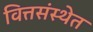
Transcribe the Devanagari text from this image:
वित्तसंस्थेत